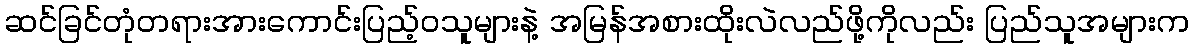
ဆင်ခြင်တုံတရားအားကောင်းပြည့်ဝသူများနဲ့ အမြန်အစားထိုးလဲလည်ဖို့ကိုလည်း ပြည်သူအများက